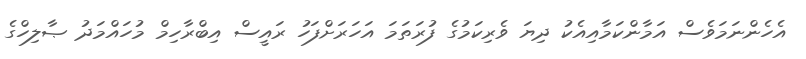
އެހެންނަމަވެސް އަމާންކަމާއިއެކު ދިޔަ ވެރިކަމުގެ ފުރަތަމަ އަހަރަށްފަހު ރައީސް އިބްރާހިމް މުހައްމަދު ޞާލިހްގެ